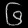
Digit: ၆